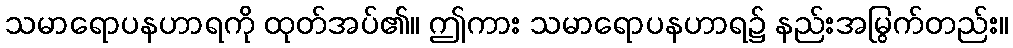
သမာရောပနဟာရကို ထုတ်အပ်၏။ ဤကား သမာရောပနဟာရ၌ နည်းအမြွက်တည်း။